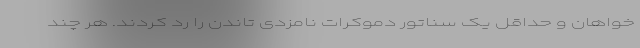
خواهان و حداقل یک سناتور دموکرات نامزدی تاندن را رد کردند. هر چند